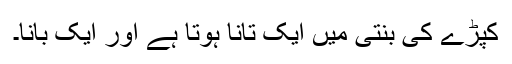
کپڑے کی بنتی میں ایک تانا ہوتا ہے اور ایک بانا۔